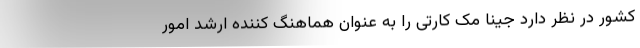
کشور در نظر دارد جینا مک کارتی را به عنوان هماهنگ کننده ارشد امور